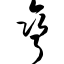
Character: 弯